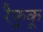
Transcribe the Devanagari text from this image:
रैफुकू